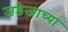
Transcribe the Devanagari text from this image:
जडेजाच्या